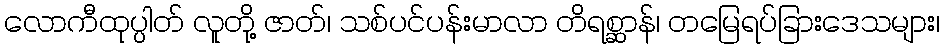
လောကီထုပ္ပါတ် လူတို့ ဇာတ်၊ သစ်ပင်ပန်းမာလာ တိရစ္ဆာန်၊ တမြေရပ်ခြားဒေသများ၊